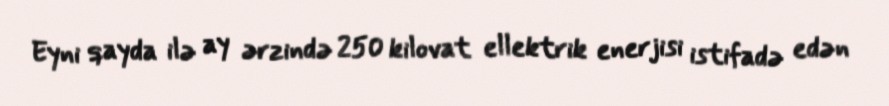
Eyni qayda ilə ay ərzində 250 kilovat ellektrik enerjisi istifadə edən